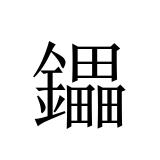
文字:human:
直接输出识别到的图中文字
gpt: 鑘